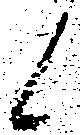
候